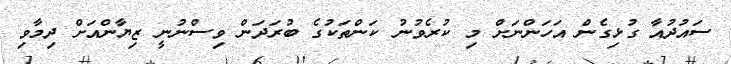
ސައުދުއާ ގުޅިގެން އަހަންނަށް މި ކުރެވުނު ކަންތަކުގެ ބުރަދަން ވިސްނުނީ ޒިޔާންއަށް ދިމާވި